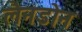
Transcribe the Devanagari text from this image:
लैनडोन